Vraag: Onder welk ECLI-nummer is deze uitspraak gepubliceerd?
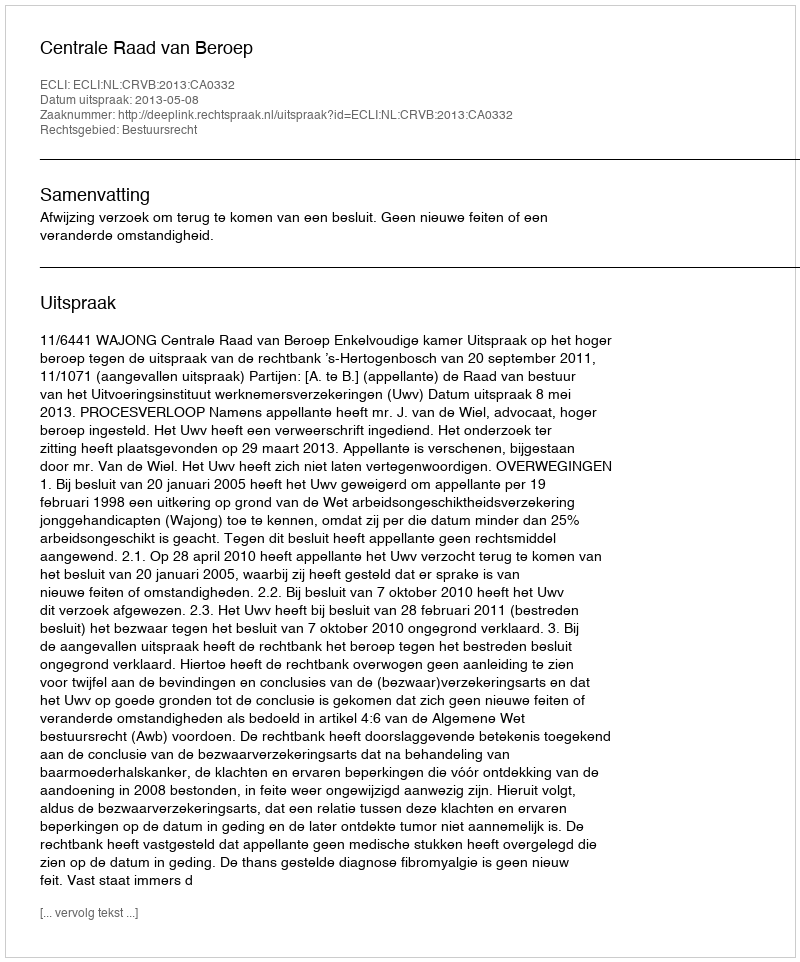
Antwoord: ECLI:NL:CRVB:2013:CA0332